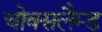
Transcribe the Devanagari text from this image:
चोक्सलैम्ड